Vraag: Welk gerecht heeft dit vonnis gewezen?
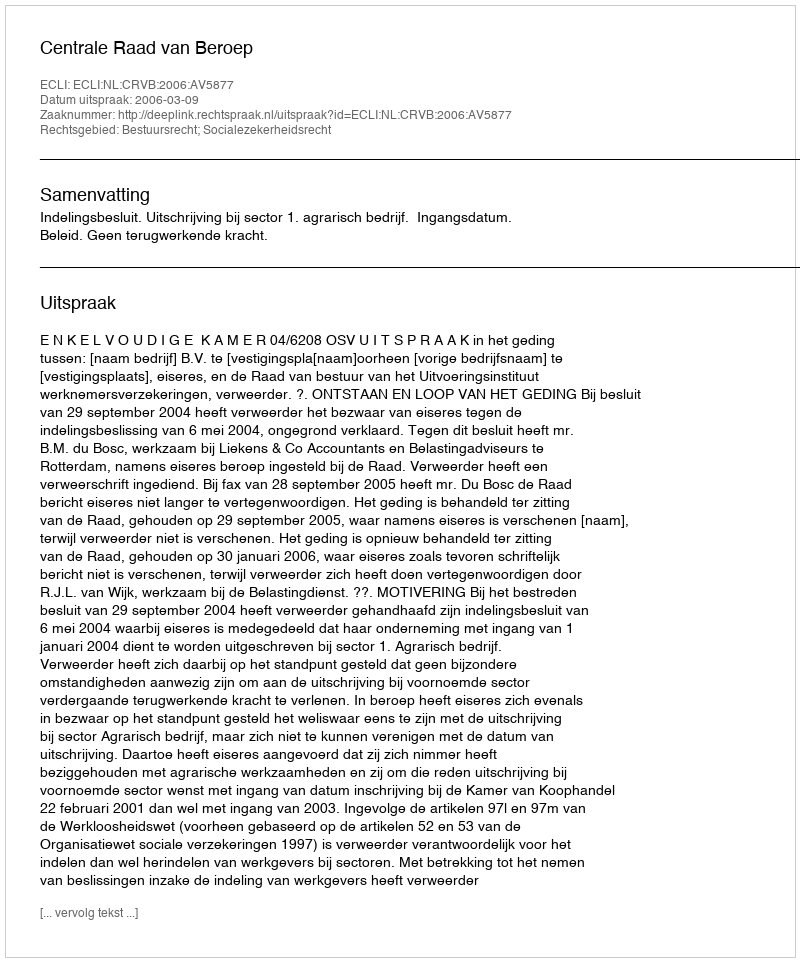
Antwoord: Centrale Raad van Beroep